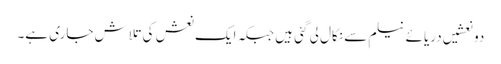
دو نعشیں دریائے نیلم سے نکال لی گئی ہیں جبکہ ایک نعش کی تلاش جاری ہے۔